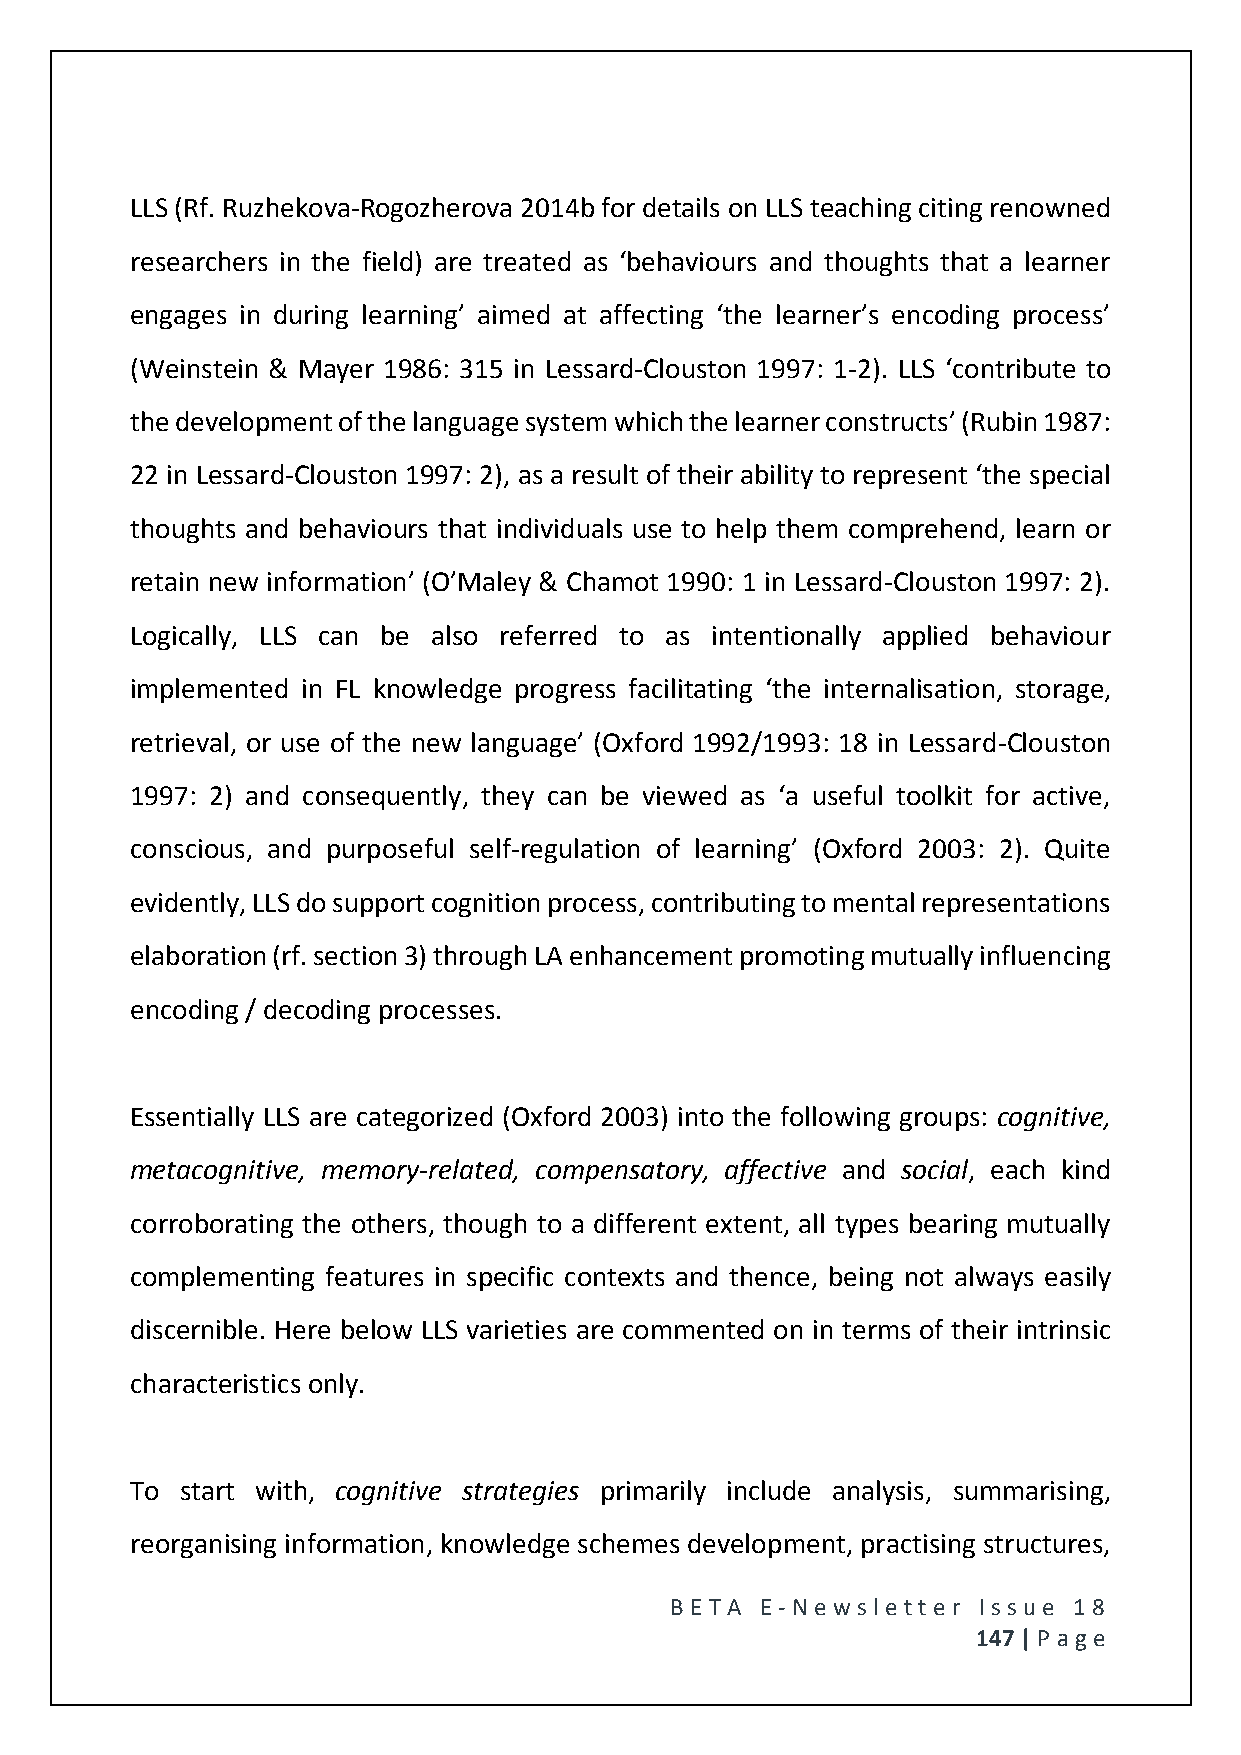
LLS (Rf. Ruzhekova-Rogozherova 2014b for details on LLS teaching citing renowned
 researchers in the field) are treated as ‘behaviours and thoughts that a learner
 engages in during learning’ aimed at affecting ‘the learner’s encoding process’
 (Weinstein & Mayer 1986: 315 in Lessard-Clouston 1997: 1-2). LLS ‘contribute to
 the development of the language system which the learner constructs’ (Rubin 1987:
 22 in Lessard-Clouston 1997: 2), as a result of their ability to represent ‘the special
 thoughts and behaviours that individuals use to help them comprehend, learn or
 retain new information’ (O’Maley & Chamot 1990: 1 in Lessard-Clouston 1997: 2).
 Logically, LLS can be also referred to as intentionally applied behaviour
 implemented in FL knowledge progress facilitating ‘the internalisation, storage,
 retrieval, or use of the new language’ (Oxford 1992/1993: 18 in Lessard-Clouston
 1997: 2) and consequently, they can be viewed as ‘a useful toolkit for active,
 conscious, and purposeful self-regulation of learning’ (Oxford 2003: 2). Quite
 evidently, LLS do support cognition process, contributing to mental representations
 elaboration (rf. section 3) through LA enhancement promoting mutually influencing
 encoding / decoding processes.
 Essentially LLS are categorized (Oxford 2003) into the following groups: cognitive,
 metacognitive, memory-related, compensatory, affective and social, each kind
 corroborating the others, though to a different extent, all types bearing mutually
 complementing features in specific contexts and thence, being not always easily
 discernible. Here below LLS varieties are commented on in terms of their intrinsic
 characteristics only.
 To start with, cognitive strategies primarily include analysis, summarising,
 reorganising information, knowledge schemes development, practising structures,
 BE T A E -N e wsle tt e r Issue 18
 147 | P age